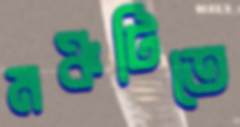
মঞ্চটিতে